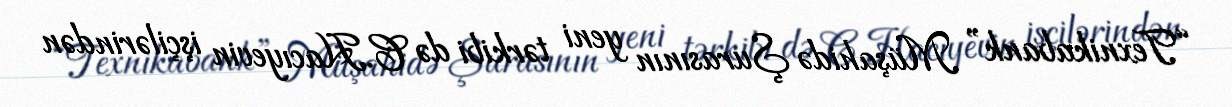
“Texnikabank” Müşahidə Şurasının yeni tərkibi də C.Hacıyevin işçilərindən